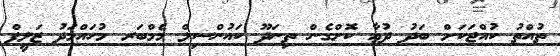
ތުއްތު ކުއްޖަކަށް ބަދު ދުޢާ ކޮށްގެން ތިނަދޫ ކައުންސިލް މެމްބަރ މުހައްމަދު ޒަލީފް